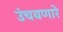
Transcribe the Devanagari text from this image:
उंचवणारे